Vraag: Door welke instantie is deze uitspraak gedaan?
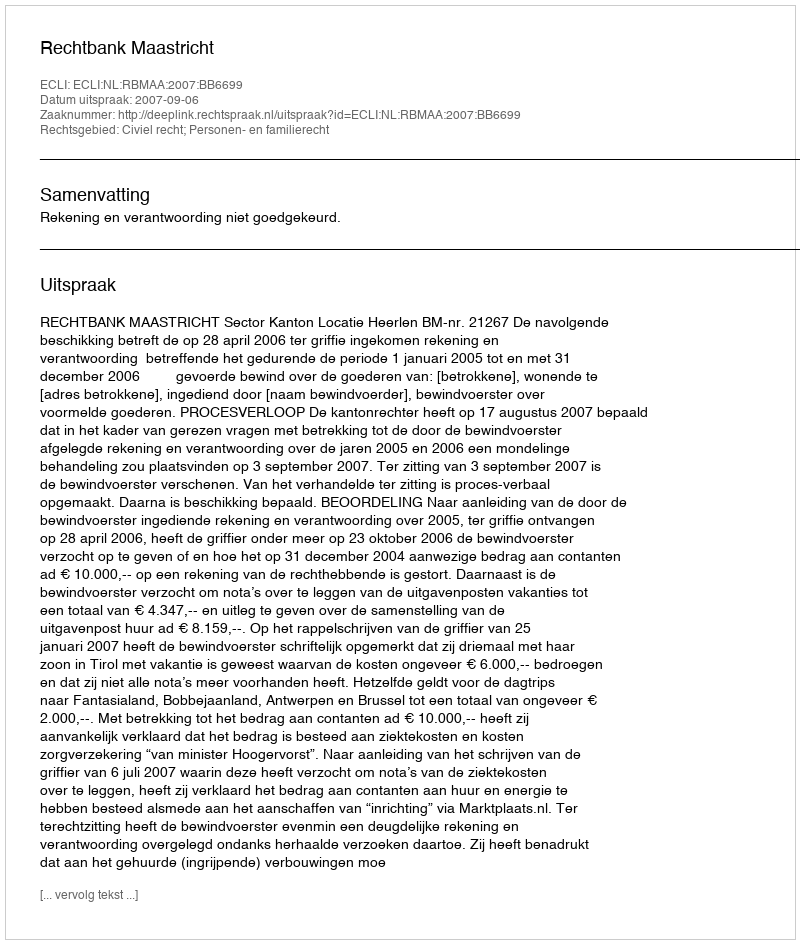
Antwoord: Rechtbank Maastricht